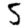
Digit: 5